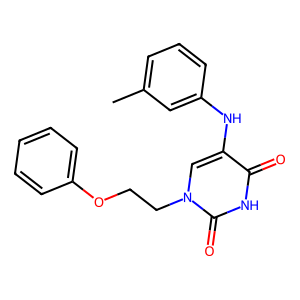
SMILES: Cc1cccc(Nc2cn(CCOc3ccccc3)c(=O)[nH]c2=O)c1
Inhibits HIV replication: No